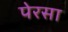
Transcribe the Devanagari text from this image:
पेरसा